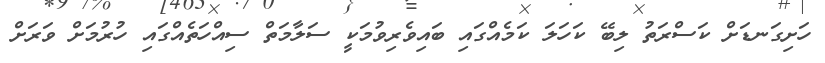
ހަށިގަނޑަށް ކަސްރަތު ލިބޭ ކަހަލަ ކަމެއްގައި ބައިވެރިވުމަކީ ސަލާމަތް ސިއްހަތެއްގައި ހުރުމަށް ވަރަށް